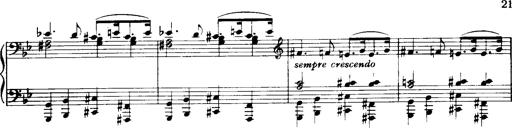
Title: Historische ungarische Bildnisse
Composer: Franz Liszt